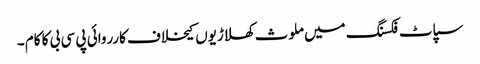
سپاٹ فکسنگ میں ملوث کھلاڑیوں کیخلاف کارروائی پی سی بی کا کام ۔